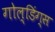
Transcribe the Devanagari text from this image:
गोल्डिंग्स